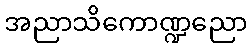
အညာသိကောဏ္ဍညော